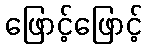
ဖြောင့်ဖြောင့်